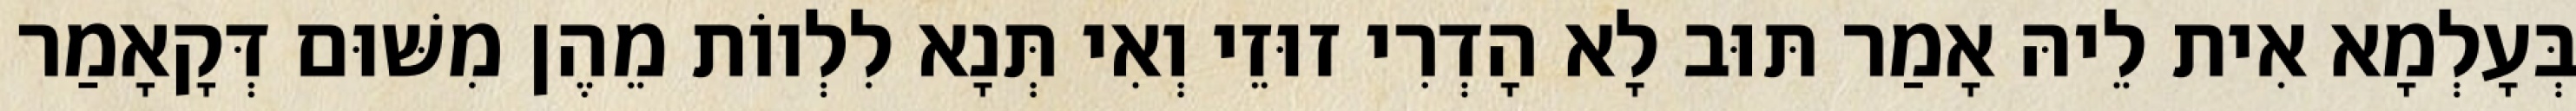
בְּעָלְמָא אִית לֵיהּ אָמַר תּוּב לָא הָדְרִי זוּזֵי וְאִי תְּנָא לִלְווֹת מֵהֶן מִשּׁוּם דְּקָאָמַר